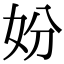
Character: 妢